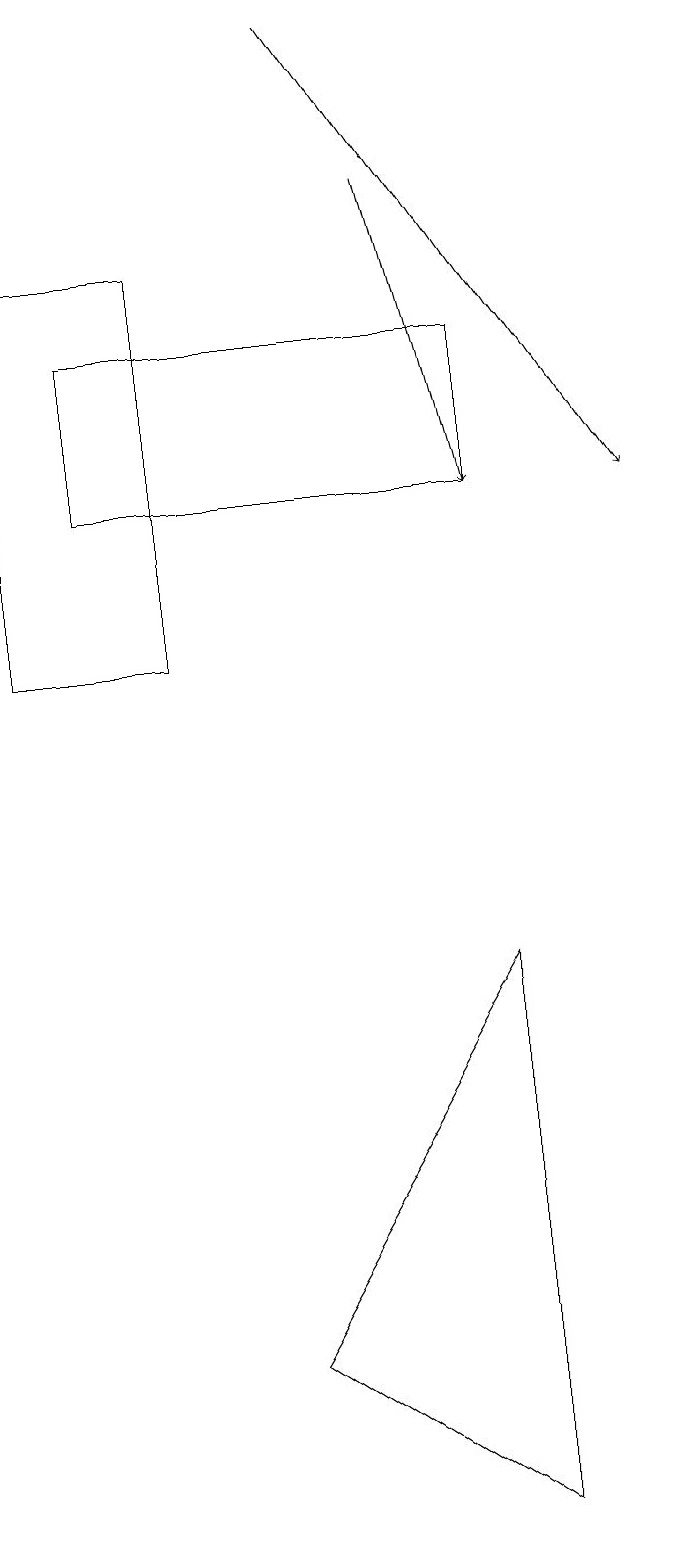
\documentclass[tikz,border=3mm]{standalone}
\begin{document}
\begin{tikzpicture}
\draw (7,13) rectangle (2,15);
\draw (1,16) rectangle (3,11);
\draw[->] (5,19) -- (9,13);
\draw (7,7) -- (7,0) -- (4,2) -- cycle;
\draw[->] (6,17) -- (7,13);
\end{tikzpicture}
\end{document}